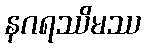
နဂရဿိမဿ